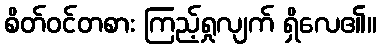
စိတ်ဝင်တစား ကြည့်ရှုလျက် ရှိလေ၏။